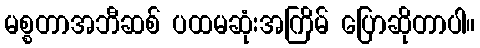
မစ္စတာအဘီဆစ် ပထမဆုံးအကြိမ် ပြောဆိုတာပါ။